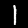
Digit: 1